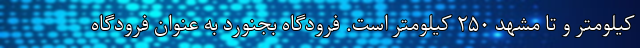
کیلومتر و تا مشهد ۲۵۰ کیلومتر است. فرودگاه بجنورد به عنوان فرودگاه